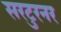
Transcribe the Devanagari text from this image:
सरटुरनर